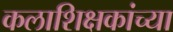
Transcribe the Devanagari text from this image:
कलाशिक्षकांच्या